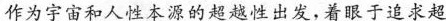
作为宇宙和人性本源的超越性出发，着眼于追求超